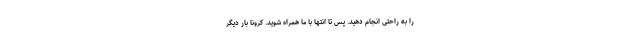
را به راحتی انجام دهید. پس تا انتها با ما همراه شوید. کرونا بار دیگر